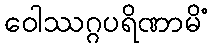
ဝေါဿဂ္ဂပရိဏာမိံ